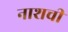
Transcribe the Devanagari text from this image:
नाशची